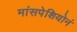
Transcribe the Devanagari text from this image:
मांसपेशियोनं